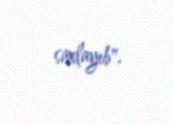
saxlayıb".